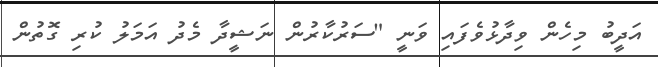
އަދީބު މިހެން ވިދާޅުވެފައި ވަނީ "ސަރުކާރުން ނަޝީދާ މެދު އަމަލު ކުރި ގޮތުން